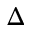
\Delta